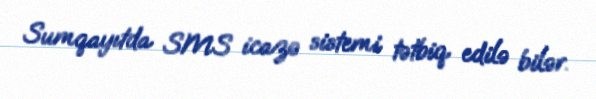
Sumqayıtda SMS icazə sistemi tətbiq edilə bilər.